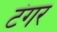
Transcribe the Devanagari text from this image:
टंगर